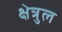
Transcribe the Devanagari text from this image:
क्षेत्रुल